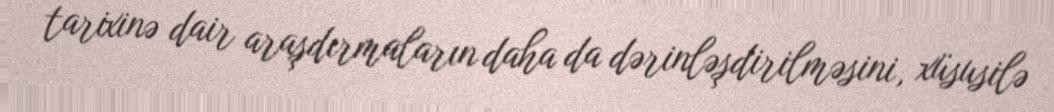
tarixinə dair araşdırmaların daha da dərinləşdirilməsini, xüsusilə